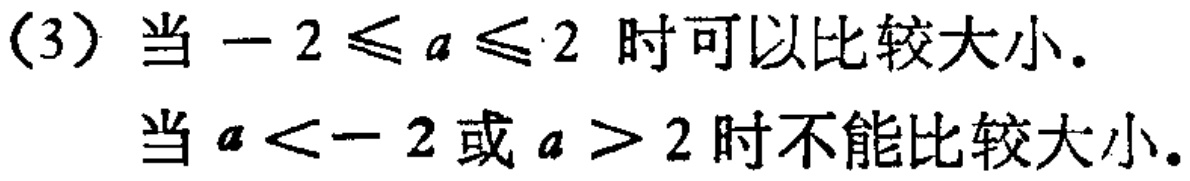
(3) 当\(-2\leqslant a\leqslant 2\)时可以比较大小.

当\(a < - 2\)或\(a > 2\)时不能比较大小.